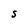
Character: S